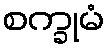
စက္ခုမံ